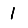
Digit: 1